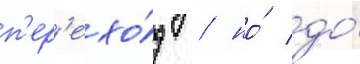
п'ер'ехо́д / но́ до́